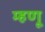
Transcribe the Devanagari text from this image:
म्‍हणू